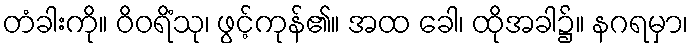
တံခါးကို။ ဝိဝရိံသု၊ ဖွင့်ကုန်၏။ အထ ခေါ၊ ထိုအခါ၌။ နဂရမှာ၊